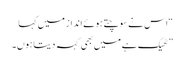
“اس نے سوچتے ہوئے انداز میں کہا
” ٹھیک ہے میں بھی کہہ دیتا ہوں۔